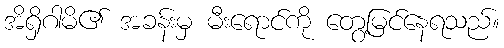
အိရှိဂါမိ၏ အခန်းမှ မီးရောင်ကို တွေ့မြင်နေရသည်။